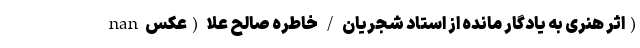
nan اثر هنری به یادگار مانده از استاد شجریان / خاطره صالح علا (عکس)